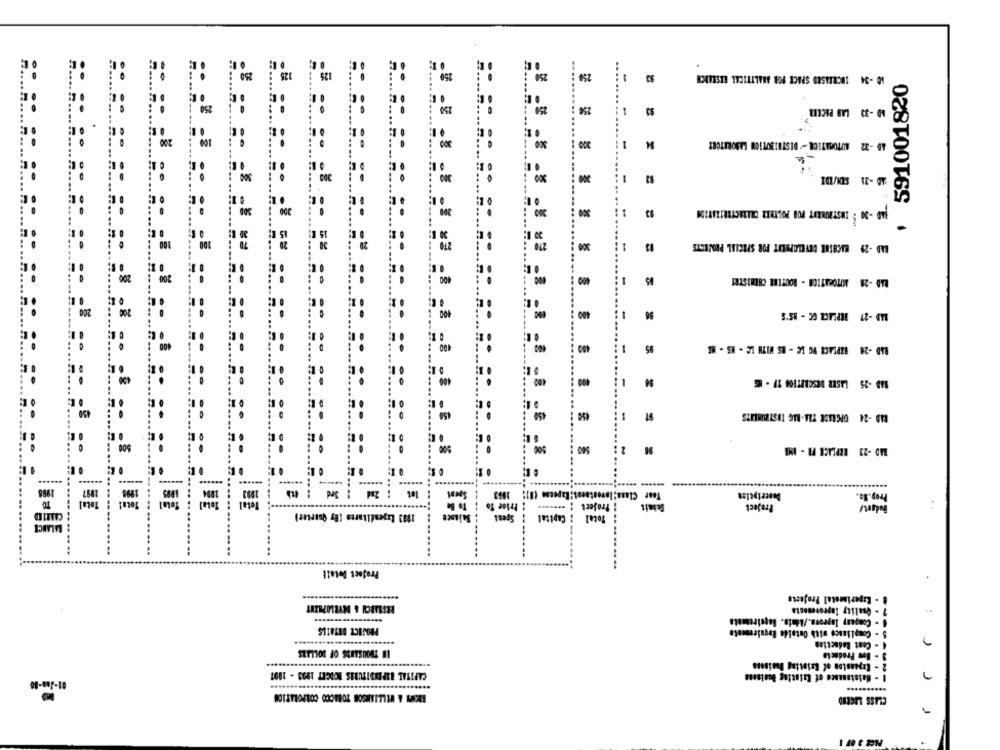
250
125
125
250
250
MA INCREASED SPACE FOR ANALYTICAL RESEARCH
-
: 591001820
150
250
256
LAB PACEIL
-
200
100
300
300
18 -22 AUTOMATICH - DISTRIBUTION LABORATORY
m
== == ==
-------
300
300
. .:
== == == ==
300
300 1
1
NO -30 INSTRUMENT FOR POLTER CHARACTERIZATION
== ==
==== == == ==
...
....
20 g;
15
100
100
20
270
300
1
BAD -29 LACHSSE DEVELOMILIT FOR SPECIAL PROJECTS
200
200
400
400
65
RAD -28 AUTOMATION - ROUTIER CHIMISTES
200
200
400
96
..
--
400
. :
400 :
400
$5
RAD -26 IZPLACE VO LC - BS WITH LE - ES- N
1
..
·
----
. :
450
94
94D -25 LASER DESCRIPTION 1F .
450
. :
450
BAD -24 UPGRADE TAA-BIG TESTMAILITS
500
500
96
RAD -23 REPLACE FR - IMB
-
-
......
1998
1997
: 3rd : 4th
let
Class; Investoest;
Description
TO
Total
Total
....
To Be
Prise To
Project
Project
Total
Spest
Capital
BALANCE
Project Detall
.
. - Experimental Projecto
RESEARCH & DYRLOPEENT
7 - Quality Inpeoresesta
PHONICZ DETAILS
5 - Compliance with Outalde Requirements
4 - Cent Redaction
IN THOUSANDS OF DOLLARS
3 - Bow Producto
2 - Expansion of Existing Business
CAPITAL BIPOIDITURES ICIGET 1993 - 1991
01-Jan-80
..........
BRCUS & WILLIAMSON TOBACCO CORPORATION
CLASS LEGEND